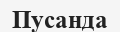
Пусанда